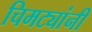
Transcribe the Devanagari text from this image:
चिमट्यांनी